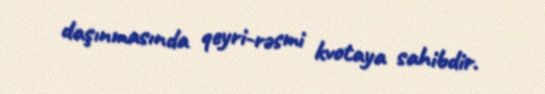
daşınmasında qeyri-rəsmi kvotaya sahibdir.